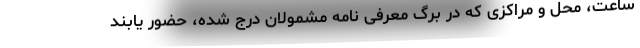
ساعت، محل و مراکزی که در برگ معرفی نامه مشمولان درج شده، حضور یابند